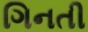
ગિનતી